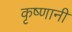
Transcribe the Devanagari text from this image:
कृष्णानी